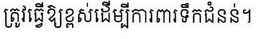
ត្រូវធ្វើឱ្យខ្ពស់ដើម្បីការពារទឹកជំនន់។